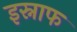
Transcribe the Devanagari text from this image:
इस्नाफ